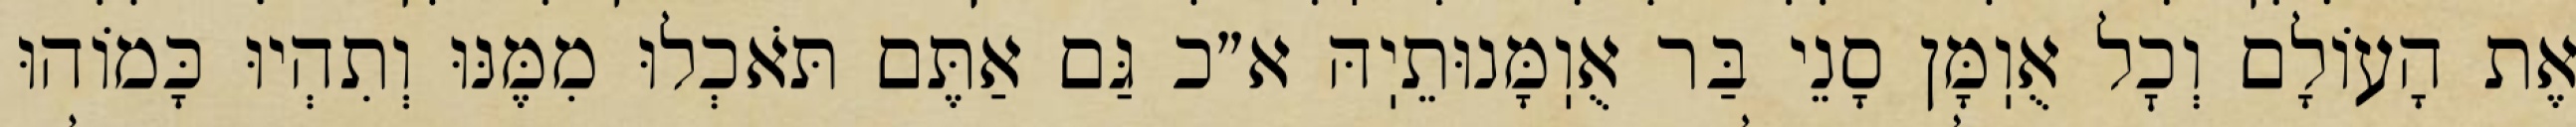
אֶת הָעוֹלָם וְכׇל אֻוֽמָּן סָנֵי בַּר אֻוֽמָּנוּתֵיֽהּ א״כ גַּם אַתֶּם תֹּאכְלוּ מִמֶּנּוּ וְתִהְיוּ כָּמוֹהוּ